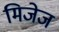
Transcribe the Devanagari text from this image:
मिजेज